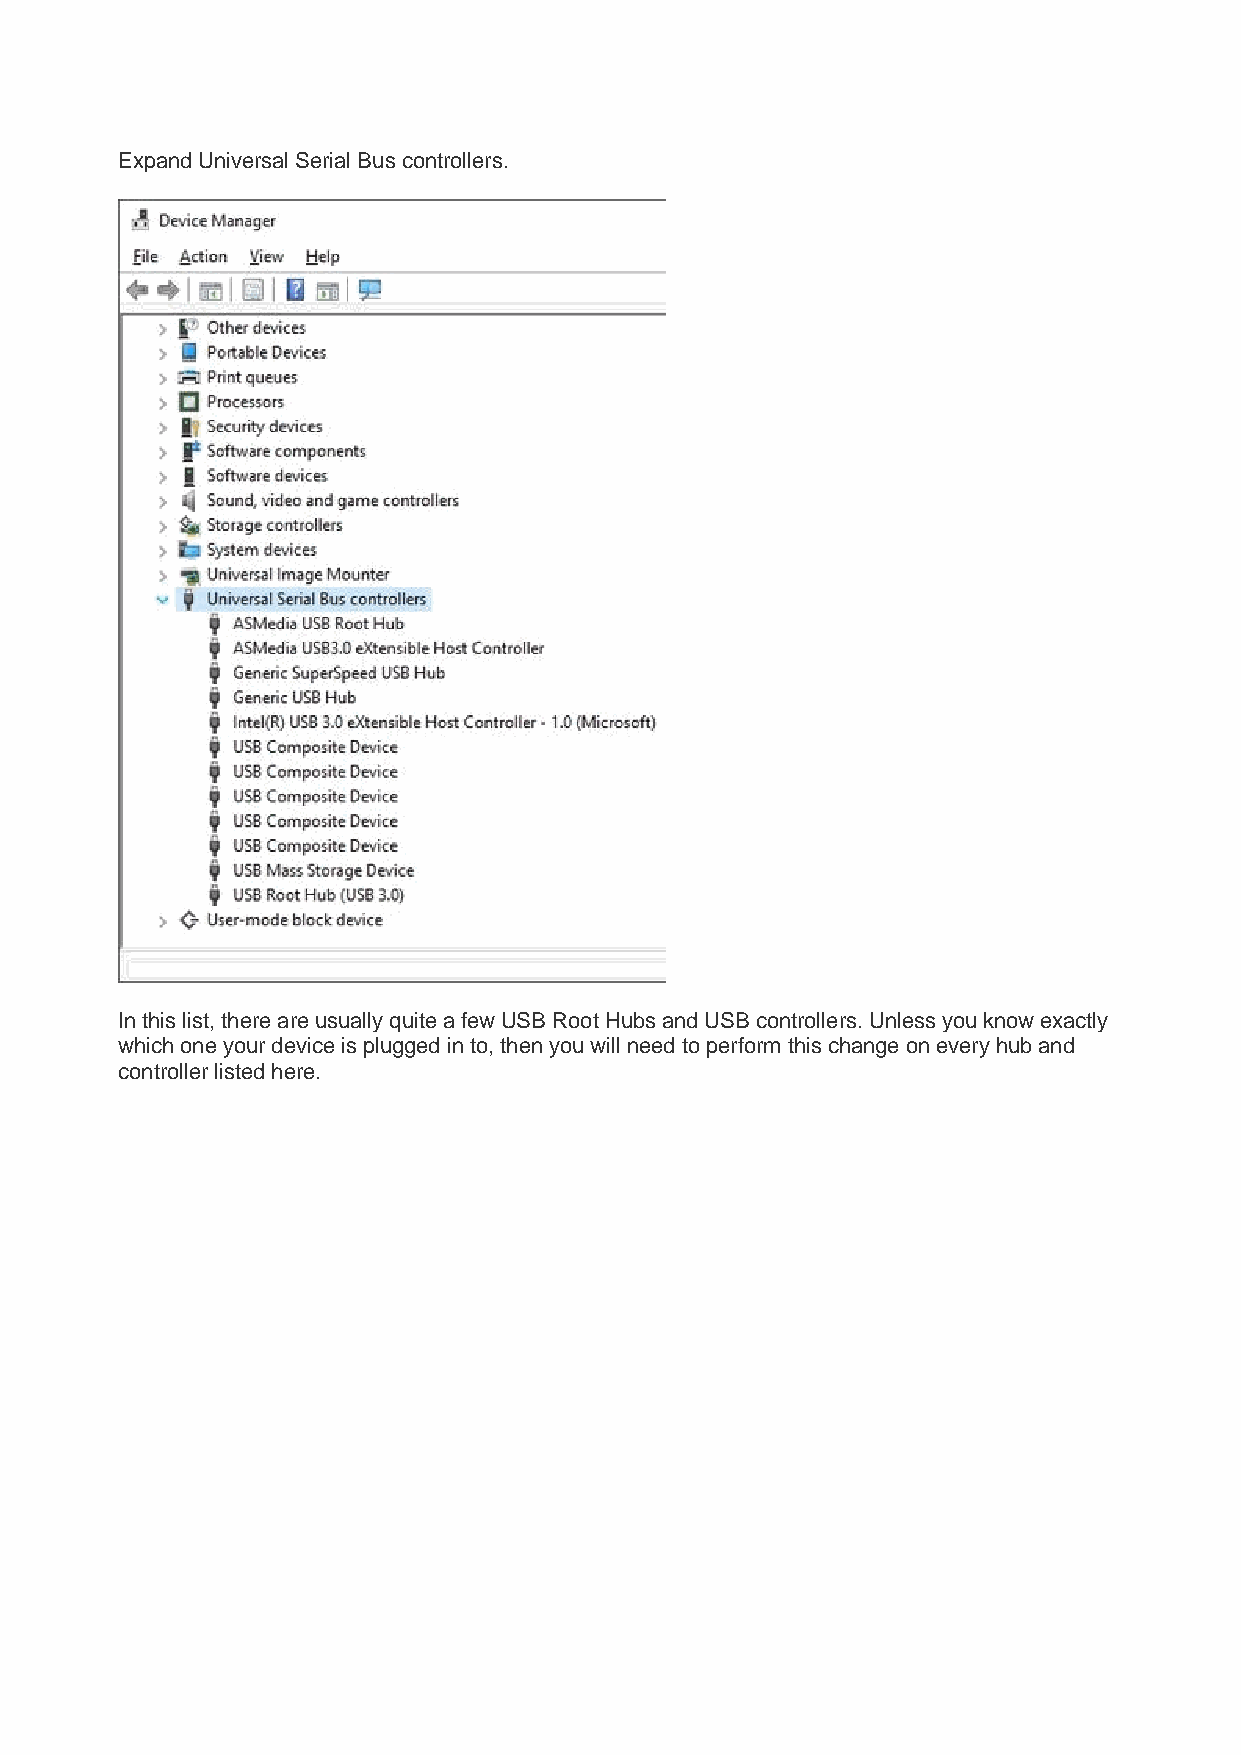
Expand Universal Serial Bus controllers.
 In this list, there are usually quite a few USB Root Hubs and USB controllers. Unless you know exactly
 which one your device is plugged in to, then you will need to perform this change on every hub and
 controller listed here.